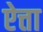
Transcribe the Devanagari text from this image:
ऐत्ता